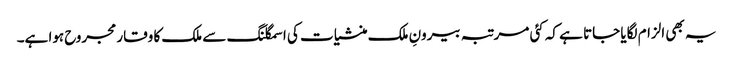
یہ بھی الزام لگایا جاتا ہے کہ کئی مرتبہ بیرونِ ملک منشیات کی اسمگلنگ سے ملک کا وقار مجروح ہوا ہے۔